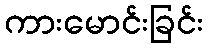
ကားမောင်းခြင်း